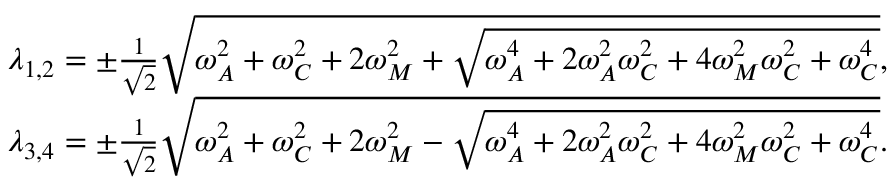
\begin{array} { r } { \lambda _ { 1 , 2 } = \pm \frac { 1 } { \sqrt { 2 } } \sqrt { \omega _ { A } ^ { 2 } + \omega _ { C } ^ { 2 } + 2 \omega _ { M } ^ { 2 } + \sqrt { \omega _ { A } ^ { 4 } + 2 \omega _ { A } ^ { 2 } \omega _ { C } ^ { 2 } + 4 \omega _ { M } ^ { 2 } \omega _ { C } ^ { 2 } + \omega _ { C } ^ { 4 } } } , } \\ { \lambda _ { 3 , 4 } = \pm \frac { 1 } { \sqrt { 2 } } \sqrt { \omega _ { A } ^ { 2 } + \omega _ { C } ^ { 2 } + 2 \omega _ { M } ^ { 2 } - \sqrt { \omega _ { A } ^ { 4 } + 2 \omega _ { A } ^ { 2 } \omega _ { C } ^ { 2 } + 4 \omega _ { M } ^ { 2 } \omega _ { C } ^ { 2 } + \omega _ { C } ^ { 4 } } } . } \end{array}